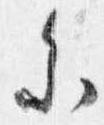
参